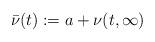
LaTeX: \begin{align*}\bar{\nu}(t) : = a+ \nu(t, \infty)\end{align*}